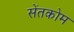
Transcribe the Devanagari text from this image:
सेंतकोम